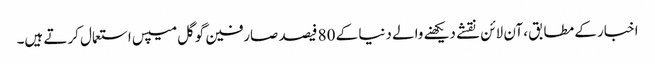
اخبار کے مطابق، آن لائن نقشے دیکھنے والے دنیا کے 80 فیصد صارفین گوگل میپس استعمال کرتے ہیں۔